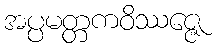
အပ္ပမတ္တကဝိဿဇ္ဇေ